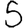
Digit: 5